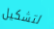
لتشكيل